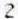
2